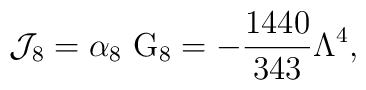
{\cal J}_{8}=\alpha _{8}~{\rm G}_{8}=-\frac{1440}{343}\Lambda ^{4},